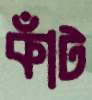
কাঁট